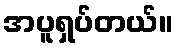
အပူရှပ်တယ်။